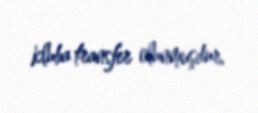
kluba transfer olunmuşdur.